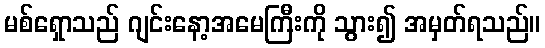
မစ်ရှောသည် ဂျင်းနော့အမေကြီးကို သွား၍ အမှတ်ရသည်။